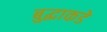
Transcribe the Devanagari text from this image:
बुद्धाकडे